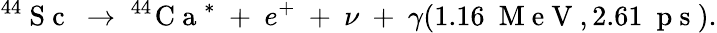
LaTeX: ^{44}\mathrm{~S~c~}~\to~^{44}\! \mathrm{~C~a~}^{*}~+~e^{+}~+~\nu~+~\gamma(1.16~\mathrm{~M~e~V~},2.61~\mathrm{~p~s~}).